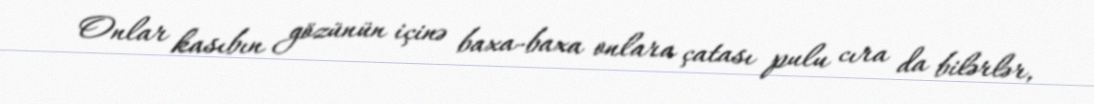
Onlar kasıbın gözünün içinə baxa-baxa onlara çatası pulu cıra da bilərlər,